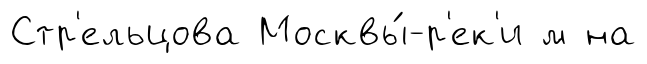
Стр'ельцова Москвы́-р'ек'и м на